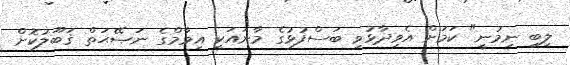
ލިބި ނިމުނީ" ކަމަށް އެވިދާޅުވި ބަސްފުޅުގެ މާނައަކީ އިމާމްގެ ނަޞޭޙަތް ޤަބޫލުކޮށް